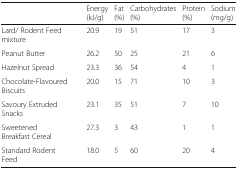
<table><thead><tr><td></td><td><b>Energy (kJ/g)</b></td><td><b>Fat (%)</b></td><td><b>Carbohydrates (%)</b></td><td><b>Protein (%)</b></td><td><b>Sodium (mg/g)</b></td></tr></thead><tbody><tr><td>Lard/ Rodent Feed mixture</td><td>20.9</td><td>19</td><td>51</td><td>17</td><td>3</td></tr><tr><td>Peanut Butter</td><td>26.2</td><td>50</td><td>25</td><td>21</td><td>6</td></tr><tr><td>Hazelnut Spread</td><td>23.3</td><td>36</td><td>54</td><td>4</td><td>1</td></tr><tr><td>Chocolate-Flavoured Biscuits</td><td>20.0</td><td>15</td><td>71</td><td>10</td><td>3</td></tr><tr><td>Savoury Extruded Snacks</td><td>23.1</td><td>35</td><td>51</td><td>7</td><td>10</td></tr><tr><td>Sweetened Breakfast Cereal</td><td>27.3</td><td>3</td><td>43</td><td>1</td><td>1</td></tr><tr><td>Standard Rodent Feed</td><td>18.0</td><td>5</td><td>60</td><td>20</td><td>4</td></tr></tbody></table>